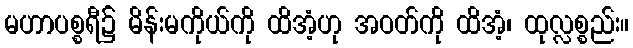
မဟာပစ္စရီ၌ မိန်းမကိုယ်ကို ထိအံ့ဟု အဝတ်ကို ထိအံ့၊ ထုလ္လစ္စည်း။